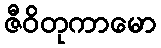
ဇီဝိတုကာမော